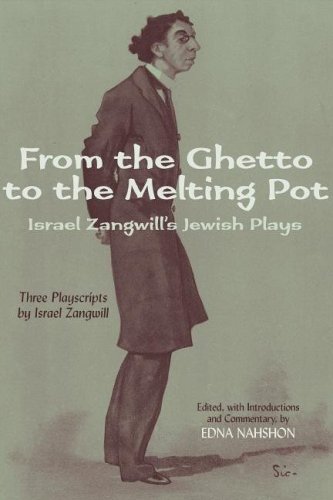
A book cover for From the Ghetto to the Melting Pot: Israel Zangwill's Jewish Plays; Israel Zangwill; Humor & Entertainment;